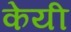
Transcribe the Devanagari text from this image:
केयी